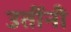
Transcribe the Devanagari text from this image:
उतींनी